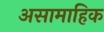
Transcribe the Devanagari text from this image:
असामाहिक